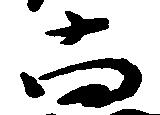
尚